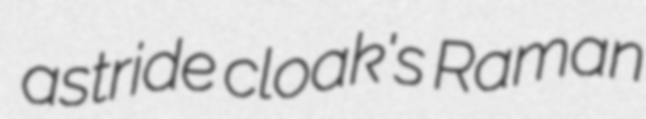
astride cloak's Raman